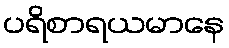
ပရိစာရယမာနေ